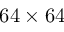
6 4 \times 6 4